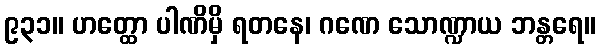
၉၃၁။ ဟတ္ထော ပါဏိမှိ ရတနေ၊ ဂဏေ သောဏ္ဍာယ ဘန္တရေ။